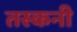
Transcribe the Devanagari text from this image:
तस्कनी